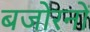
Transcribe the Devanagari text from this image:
बजोरनों